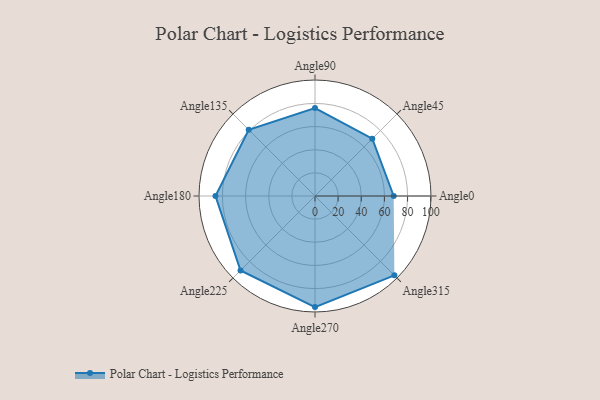
{"axis": {"x": "Angle", "y": "Radius"}, "legend": [""], "data": [{"x": "Angle0", "y": 68.0, "type": ""}, {"x": "Angle45", "y": 70.0, "type": ""}, {"x": "Angle90", "y": 76.0, "type": ""}, {"x": "Angle135", "y": 81.0, "type": ""}, {"x": "Angle180", "y": 86.0, "type": ""}, {"x": "Angle225", "y": 91.0, "type": ""}, {"x": "Angle270", "y": 96.0, "type": ""}, {"x": "Angle315", "y": 97.0, "type": ""}]}